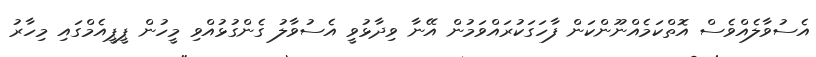
އެސުވާލެއްވެސް އޮތްކަމެއްނޫންކަން ފާހަގަކުރައްވަމުން އޭނާ ވިދާޅުވީ އެސުވާލު ގެންގުޅުއްވި މީހުން ޕީޕީއެމްގައި މިހާރު